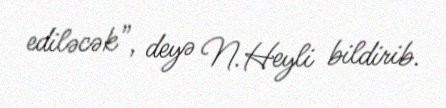
ediləcək”, deyə N.Heyli bildirib.